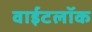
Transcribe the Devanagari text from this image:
वाईटलॉक